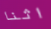
اثنا